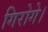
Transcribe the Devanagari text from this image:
गिरोगे।